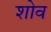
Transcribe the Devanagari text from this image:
शोव